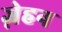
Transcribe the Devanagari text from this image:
ज़ेहन